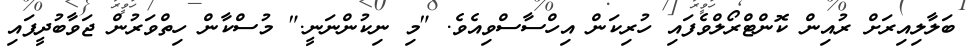
ބަލާލިއިރަށް ރުއިން ކޮންޓްރޯލްވެފައި ހުރިކަން އިހްސާސްވިއެވެ. "މި ނިކުންނަނީ." މުސްކާން ހިތްވަރުން ޖަވާބުދީފައި